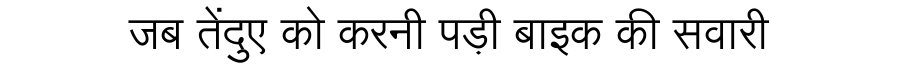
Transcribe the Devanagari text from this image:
जब तेंदुए को करनी पड़ी बाइक की सवारी